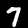
Digit: 7